Leaving Certificate Examination, 1918
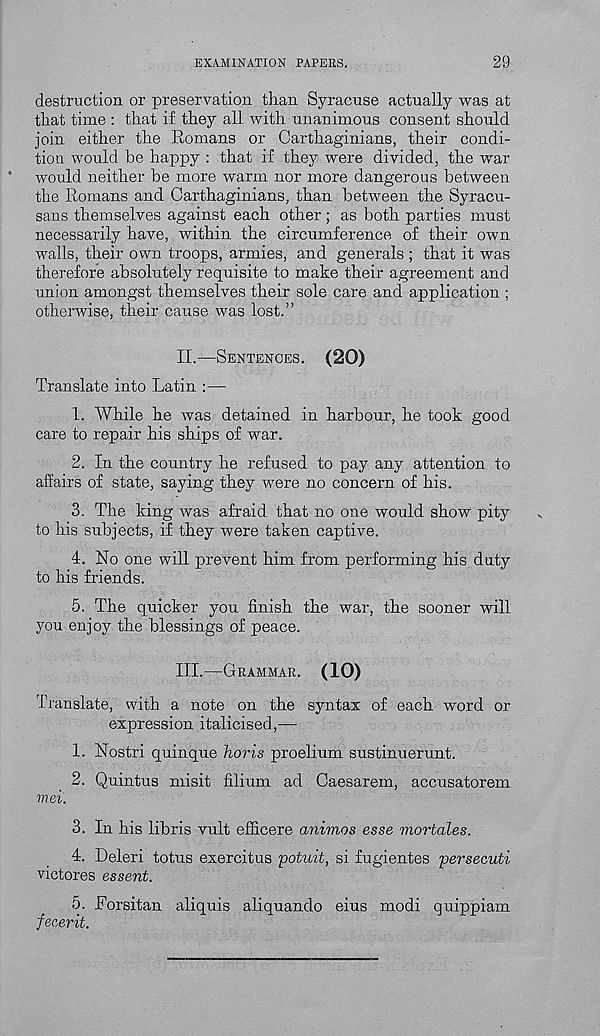
EXAMINATION PAPERS.
29
destruction or preservation than Syracuse actually was at
that time : that if they all with unanimous consent should
join either the Romans or Carthaginians, their condi-
tion would be happy : that if they were divided, the war
would neither be more warm nor more dangerous between
the Romans and Carthaginians, than between the Syracu-
sans themselves against each other; as both parties must
necessarily have, within the circumference of their own
walls, their own troops, armies, and generals ; that it was
therefore absolutely requisite to make their agreement and
union amongst themselves their sole care and application ;
otherwise, their cause was lost.”
II.
—
Translate into Latin :—
1. While he was detained in harbour, he took good
care to repair his ships of war.
2. In the country he refused to pay any attention to
affairs of state, saying they were no concern of his.
3. The king was afraid that no one would show pity
to his subjects, if they were taken captive.
4. No one will prevent him from performing his duty
to his friends.
5. The quicker you finish the war, the sooner will
you enjoy the blessings of peace.
III.
—
Translate, with a note on the syntax of each word or
expression italicised,—
1. Nostri quinque horis proelium sustinuerunt.
2. Quintus niisit filium ad Caesarem, accusatorem
mei.
3. In his libris vult efficere ariimos esse mortales.
4. Deleri totus exercitus poticit, si fugientes persecuti
victores essent.
5. Forsitan aliquis aliquando eius modi quippiam
fecerit.